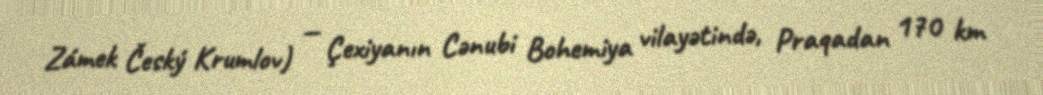
Zámek Český Krumlov) — Çexiyanın Cənubi Bohemiya vilayətində, Praqadan 170 km